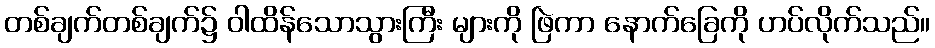
တစ်ချက်တစ်ချက်၌ ဝါထိန်သောသွားကြီး များကို ဖြဲကာ နောက်ခြေကို ဟပ်လိုက်သည်။